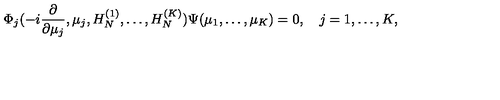
\Phi _ { j } ( - i { \frac { \partial } { \partial \mu _ { j } } } , \mu _ { j } , H _ { N } ^ { ( 1 ) } , \ldots , H _ { N } ^ { ( K ) } ) \Psi ( \mu _ { 1 } , \ldots , \mu _ { K } ) = 0 , \quad j = 1 , \ldots , K ,